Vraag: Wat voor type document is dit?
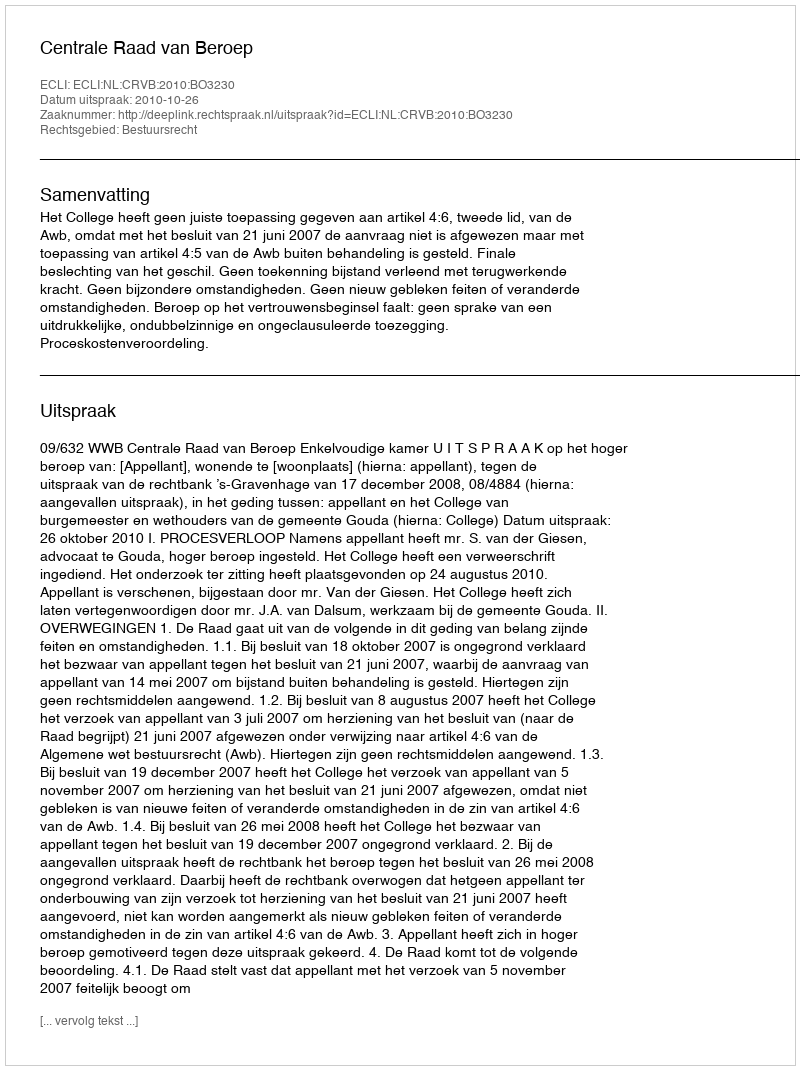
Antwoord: Uitspraak